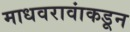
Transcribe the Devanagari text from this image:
माधवरावांकडून